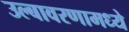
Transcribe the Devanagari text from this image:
उल्बावरणामध्ये